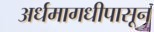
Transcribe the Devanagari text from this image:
अर्धमागधीपासून